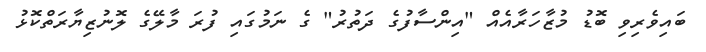
ބައިވެރިވި ބޮޑު މުޒާހަރާއެއް "އިންސާފުގެ ދަތުރު" ގެ ނަމުގައި ފުރަ މާލޭގެ ލޮނުޒިޔާރަތްކޮޅު